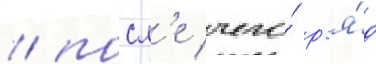
/ посл'е чего́ р'я́д